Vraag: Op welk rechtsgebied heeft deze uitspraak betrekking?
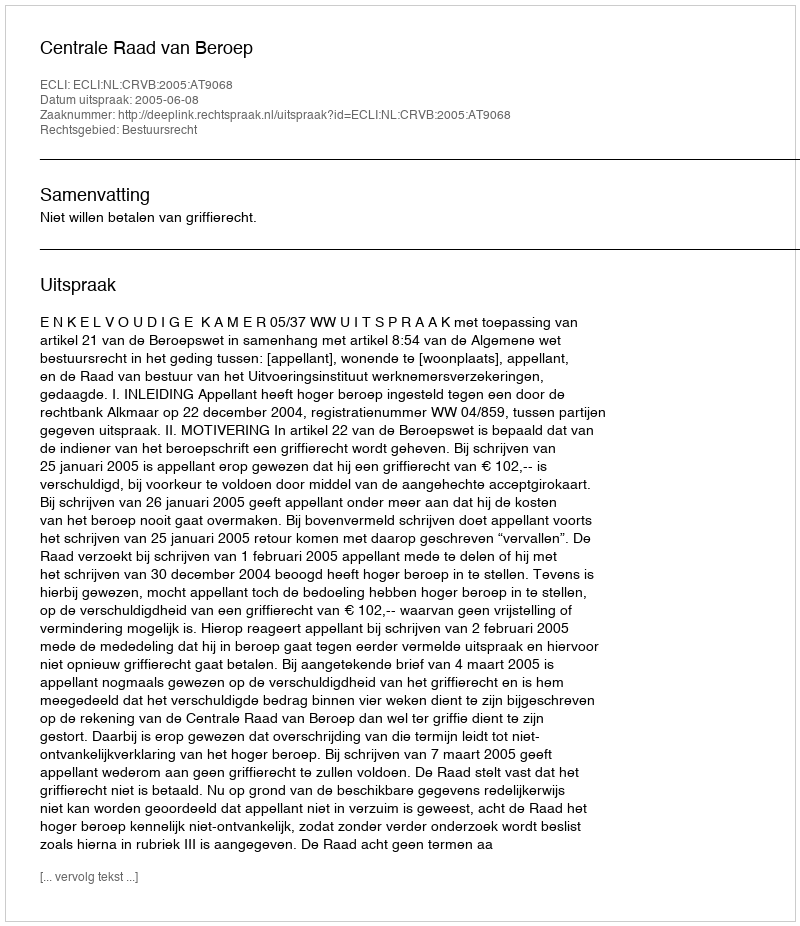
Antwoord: Bestuursrecht